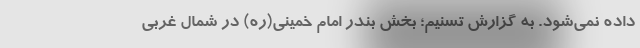
داده نمی‌شود. به گزارش تسنیم؛ بخش بندر امام خمینی(ره) در شمال غربی